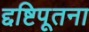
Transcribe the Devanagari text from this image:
द्दष्टिपूतना